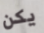
يكن